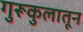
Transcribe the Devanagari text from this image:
गुरूकुलातून